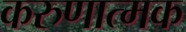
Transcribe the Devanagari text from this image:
करुणात्मक